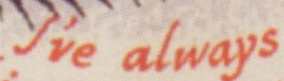
I've always